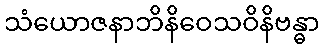
သံယောဇနာဘိနိဝေသဝိနိဗန္ဓာ